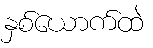
နှစ်ယောက်ထဲ